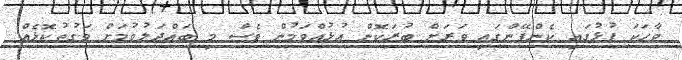
ވާހަކަ ފުޅުގައި ކެންޕޭންގައި ވަރަށް ބުރަކޮން އުޅުއްވަމުން ވެސް މި ބައްދަލުވުމަށް ވަގުތުކޮޅެއް